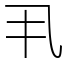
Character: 丮